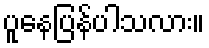
ပူနေပြန်ပါသလား။